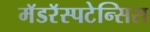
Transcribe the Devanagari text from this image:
मॅडरॅस्पटेन्सिस